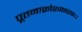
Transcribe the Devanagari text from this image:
पूतनाक्रोशकारकः।